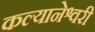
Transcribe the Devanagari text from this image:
कल्यानेश्वरी